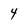
Character: 4